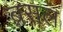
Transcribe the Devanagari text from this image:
ब्रसल